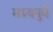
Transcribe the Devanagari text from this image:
मध्यपुर्वे